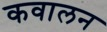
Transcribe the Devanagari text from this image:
कवालन